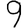
Digit: 9